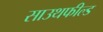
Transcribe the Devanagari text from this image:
साउथफील्ड